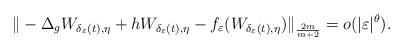
\begin{align*}\|-\Delta_{g}W_{\delta_{\varepsilon}(t),\eta}+hW_{\delta_{\varepsilon}(t),\eta}-f_{\varepsilon}(W_{\delta_{\varepsilon}(t),\eta})\|_{\frac{2m}{m+2}}=o(|\varepsilon|^{\theta}).\end{align*}